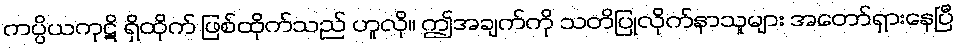
ကပ္ပိယကုဋိ ရှိထိုက် ဖြစ်ထိုက်သည် ဟူလို။ ဤအချက်ကို သတိပြုလိုက်နာသူများ အတော်ရှားနေပြီ